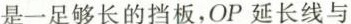
是一足够长的挡板，OP延长线与